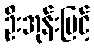
ဦးအုန်းမြင့်